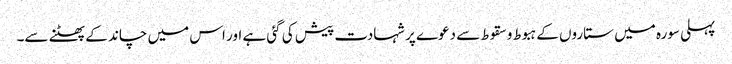
پہلی سورہ میں ستاروں کے ہبوط و سقوط سے دعوے پر شہادت پیش کی گئی ہے اور اس میں چاند کے پھٹنے سے۔